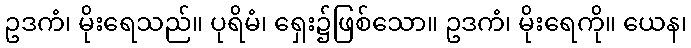
ဥဒကံ၊ မိုးရေသည်။ ပုရိမံ၊ ရှေး၌ဖြစ်သော။ ဥဒကံ၊ မိုးရေကို။ ယေန၊